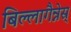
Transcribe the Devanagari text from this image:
बिल्लागैन्नेस्र्